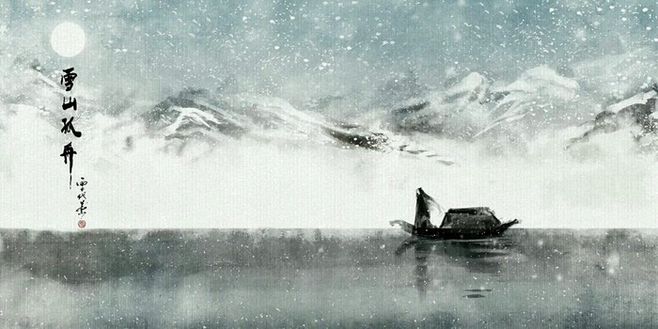
疲马山中愁日晚，孤舟江上畏春寒。